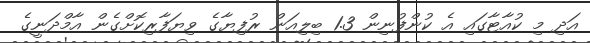
އަދި މި ކުއާޓާގައި އެ ކުންފުނިން 1.3 ބިލިއަން ރުފިޔާގެ ވިޔަފާރިކޮށްގެން އާމްދަނީގެ